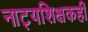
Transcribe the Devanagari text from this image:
नाट्यशिक्षकही